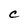
Character: C